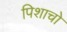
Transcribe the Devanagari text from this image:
पिशाचो